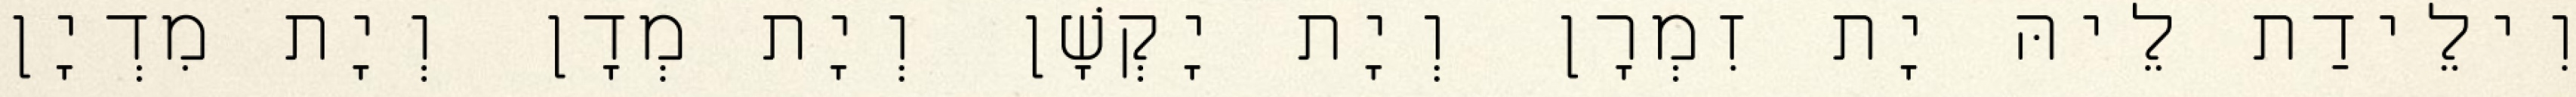
וִילֵידַת לֵיהּ יָת זִמְרָן וְיָת יָקְשָׁן וְיָת מְדָן וְיָת מִדְיָן